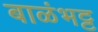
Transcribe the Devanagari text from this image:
बाळंभट्ट